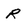
Character: R